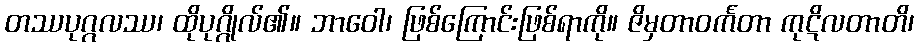
တဿပုဂ္ဂလဿ၊ ထိုပုဂ္ဂိုလ်၏။ ဘာဝေါ၊ ဖြစ်ကြောင်းဖြစ်ရာကို။ ဇိမှတာဝင်္ကတာ ကုဋိလတာတိ၊